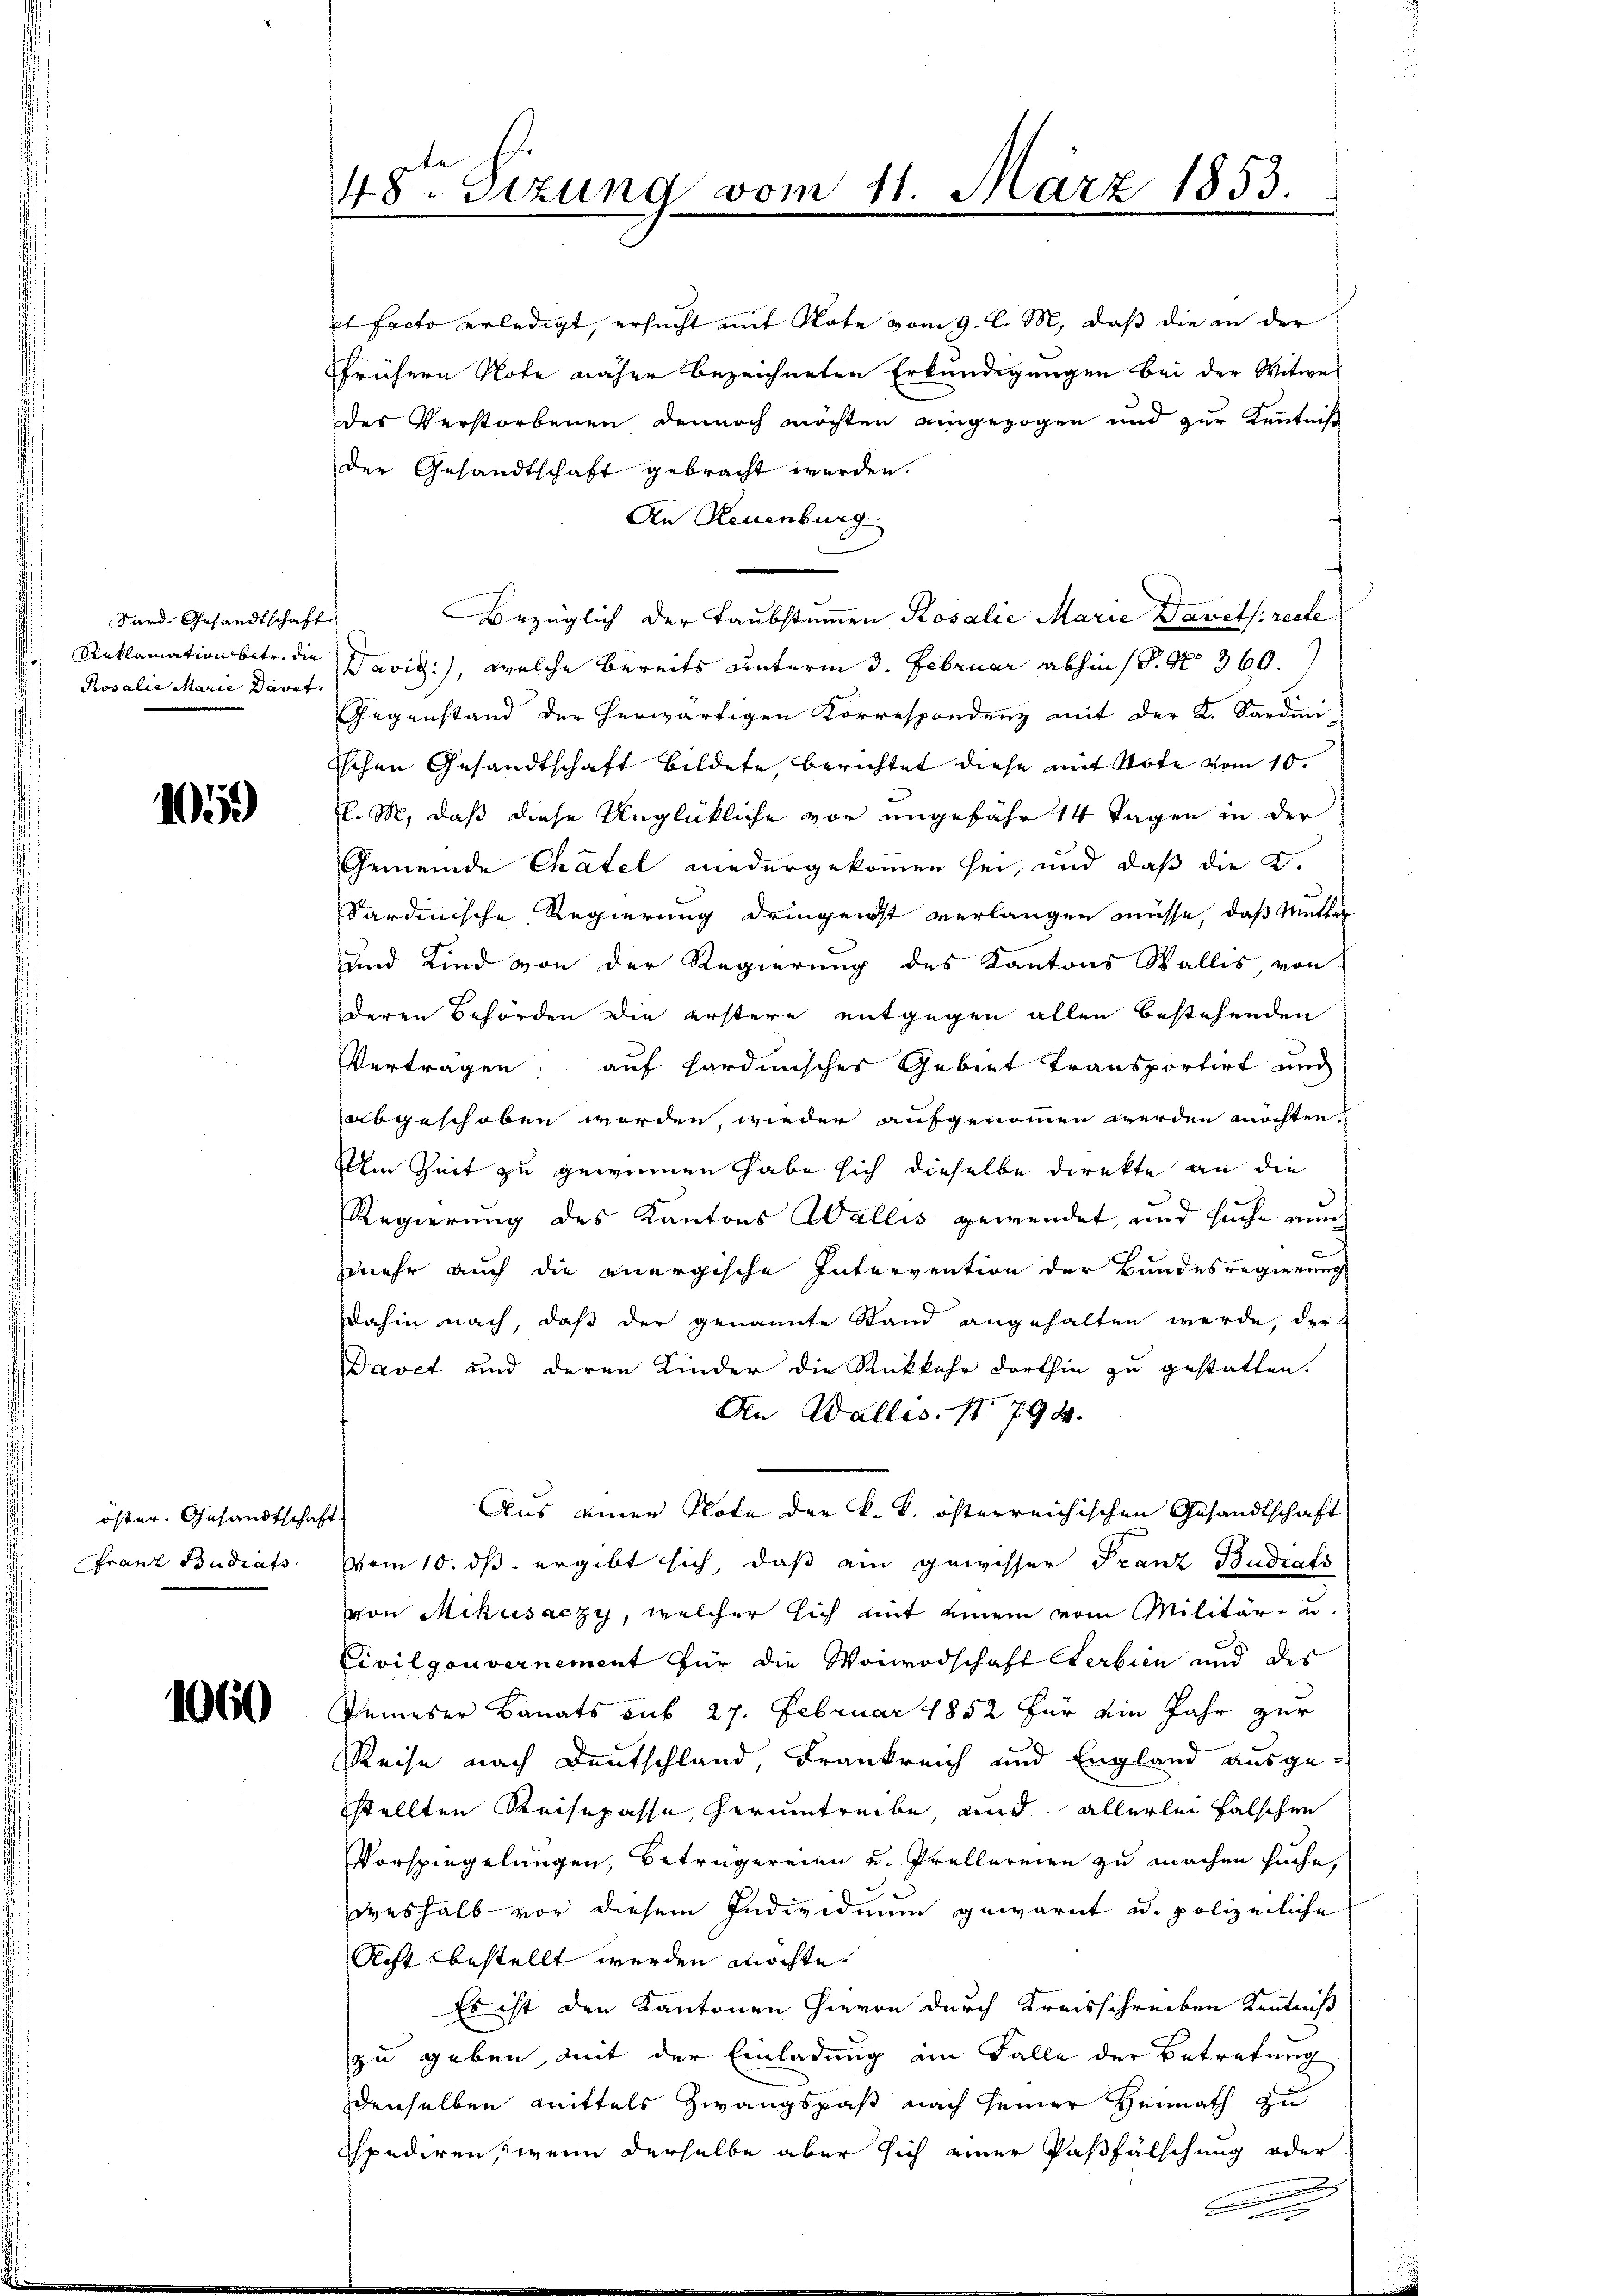
Sard, Gesandtschafts
Reklamation betr. die
Rosalie Marie Davet.

1050

öster, Gesandtschaft
Franz Budiats

1060

48. Sitzung vom 11. März 1853.

et facto erledigt, ersucht mit Note vom 9. l. M., daß die in der
frühern Note näher bezeichneten Erkundigungen bei der Witwes
des Verstorbenen dennoch möchten eingezogen und zur Kenntniß
der Gesandtschaft gebracht werden.
An Neuenburg
Bezüglich der Taubstamen Rosalie Marie Davets recte
David:), welche bereits unterm 3. Februar abhin (§. No 360.
Gegenstand der herwärtigen Korrespondenz mit der K. Sardini
ischen Gesandtschaft bildete berichtet diese mit Note vom 10.
. M. daß diese Unglückliche vor ungefähr 14 Tagen in der
Gemeinde Chatel niedergekommen sei, und daß die K.
Sardinische Regierung deingenst verlangen müsse, daß Mutter
und Kind von der Regierung des Kantons Wallis, von
deren Behörden die erstere entgegen allen bestehenden
Verträgen, auf hardinisches Gebiet transportirt and
abgeschoben werden, wieder aufgenommen werden möchten.
Um Zeit zu gewinnen habe sich dieselbe direkte an die
Regierung des Kantons Wallis gewendet, und suche nun
mehr auch die anergische Intervention der Bundesregierung
dahin nach, daß der genannte Stand angehalten werde, der
Davet und deren Kinder die Rückkehr dorthin zu gestatten.
An Wallis. No 794.
Aus einer Note der k. k. österreichischen Gesandtschaft
vom 10. ds. ergibt sich, daß ein gewisser Franz Budrats
von Mikusaczy, welcher sich mit einem vom Militär- u.
Civilgouvernement für die Vorwodschaft Sterbien und des
keineser Banats sub 27. Februar 1852 für ein Jahr zur
Reise nach Deutschland, Frankreich und England ausgesstellten Reisepasse, herumtreibe und allerlei falschen
Vorspiegelungen, Beträgereien u. Prellereien zu machen suche,
deshalb vor diesem Individuum gewarnt u. polizeiliche
Acht bestellt werden möchte.
Es ist den Kantonen Hievon durch Kreisschreiben Kenntniß
zu geben, mit der Einladung im Falle der Betretung
denselben mittels Zwangspaß nach seiner Heimath zu
spediren, wenn derselbe aber sich einer Paßfälschung oder
A